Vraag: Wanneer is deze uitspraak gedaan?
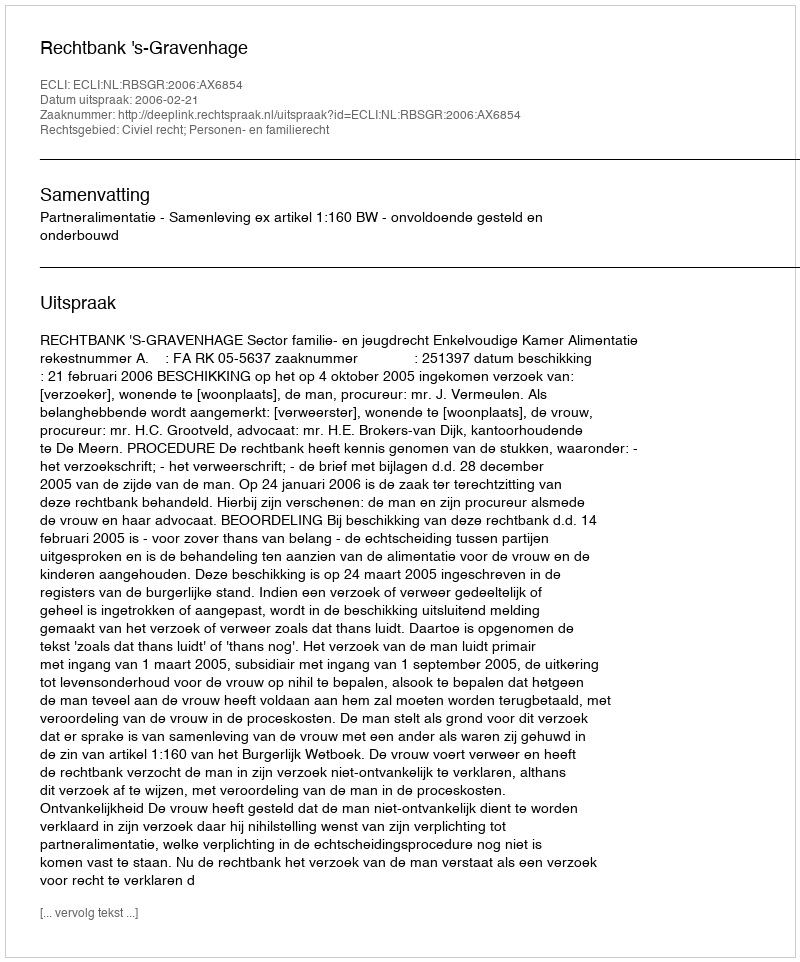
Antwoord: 2006-02-21